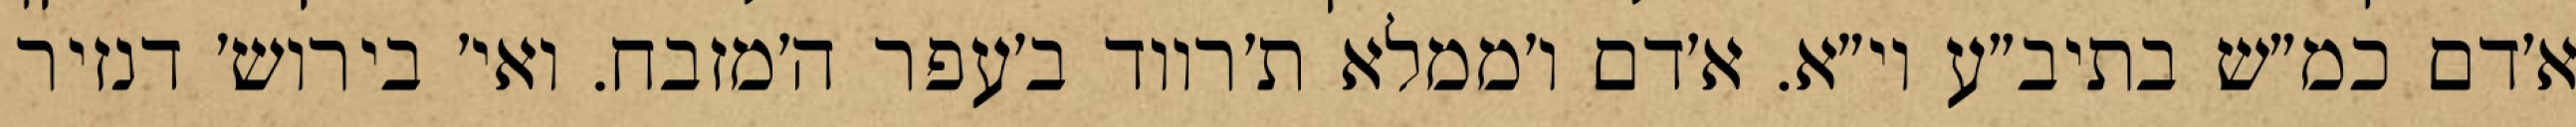
א׳דם כמ״ש בתיב״ע וי״א. א׳דם ו׳ממלא ת׳רווד ב׳עפר ה׳מזבח. ואי׳ בירוש׳ דנזיר